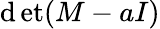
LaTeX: \operatorname*{\mathrm{d}et}(M-aI)